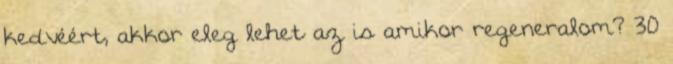
kedvéért, akkor eleg lehet az is amikor regeneralom? 30